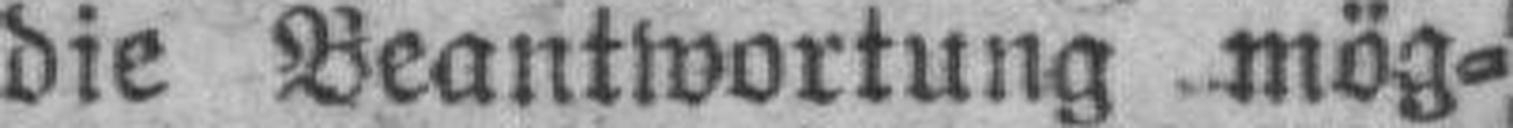
die Beantwortung mög¬